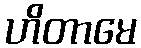
ဟိတာမေ